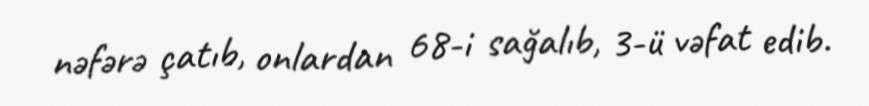
nəfərə çatıb, onlardan 68-i sağalıb, 3-ü vəfat edib.